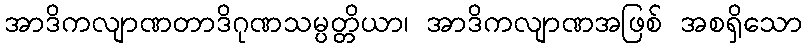
အာဒိကလျာဏတာဒိဂုဏသမ္ပတ္တိယာ၊ အာဒိကလျာဏအဖြစ် အစရှိသော